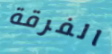
الفرقة